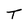
Character: T